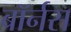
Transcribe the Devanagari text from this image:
बॉर्नस